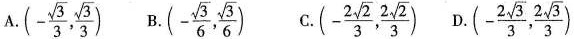
A.( - \frac { \sqrt { 3 } } { 3 } , \frac { \sqrt { 3 } } { 3 } ) B. ( - \frac { \sqrt { 3 } } { 6 } , \frac { \sqrt { 3 } } { 6 } ) C. ( - \frac { 2 \sqrt { 2 } } { 3 }, \frac { 2 \sqrt { 2 } } { 3 } ) D.( - \frac { 2 \sqrt { 3 } } { 3 }, \frac { 2 \sqrt { 3 } } { 3 } )